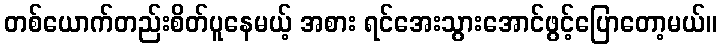
တစ်ယောက်တည်းစိတ်ပူနေမယ့် အစား ရင်အေးသွားအောင်ဖွင့်ပြောတော့မယ်။